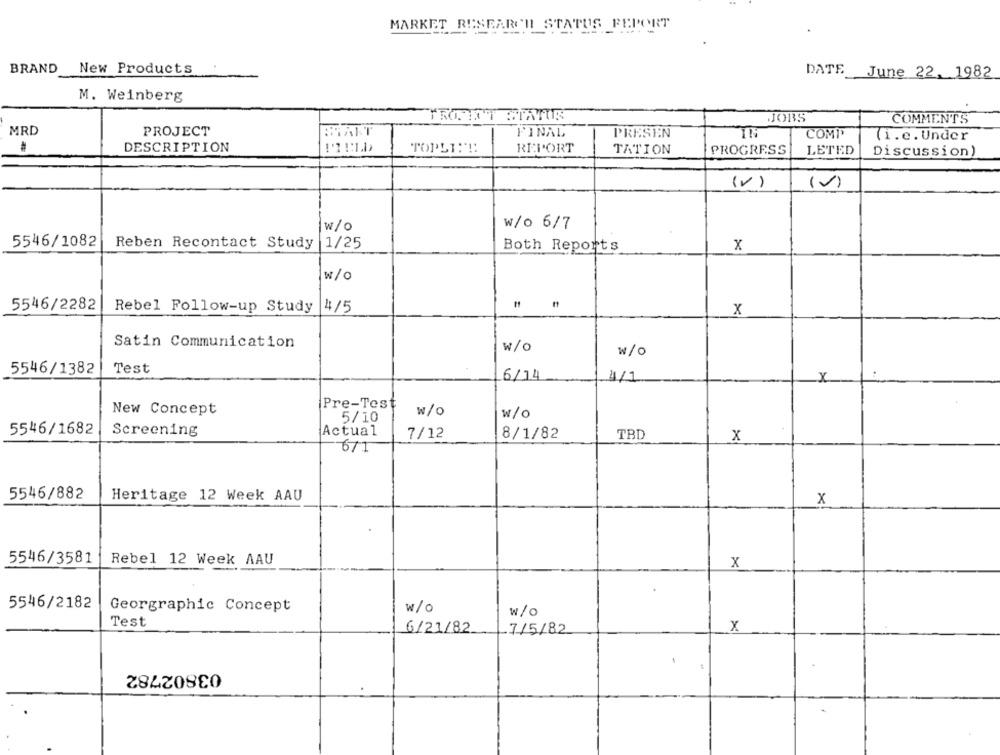
MARKET RESEARCH STATUS
ATUS FEPORT
BRAND
New Products
DATE
June 22, 1982
M. Weinberg
JOBS
COMMENTS
MRD
PROJECT
MATT
FINAL
PRESEN
COMP
(i.e. Under
DESCRIPTION
TOPLI !!!
REPORT
TATION
PROGRESS
LETED
Discussion)
(V)
w/o
w/o 6/7
5546/1082
Reben Recontact Study
|1/25
Both Reports
x
w/o
5546/2282
Rebel Follow-up Study
4/5
x
Satin Communication
w/o
w/o
5546/1382
Test
6/14
/1
X
Pre-Test
New Concept
w/o
w/o
5/10
5546/1682
Screening
Actual
7/12
8/1/82
TBD
x
6/1
5546/882
Heritage 12 Week AAU
x
5546/3581
Rebel 12 Week AAU
X
5546/2182
Georgraphic Concept
w/o
w/o
Test
6/21/82
7/5/82
X
-
03802782